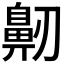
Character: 𪖔